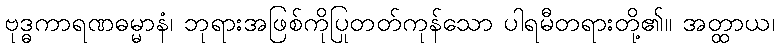
ဗုဒ္ဓကာရဏဓမ္မာနံ၊ ဘုရားအဖြစ်ကိုပြုတတ်ကုန်သော ပါရမီတရားတို့၏။ အတ္ထာယ၊